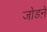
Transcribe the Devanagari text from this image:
जोडऩे